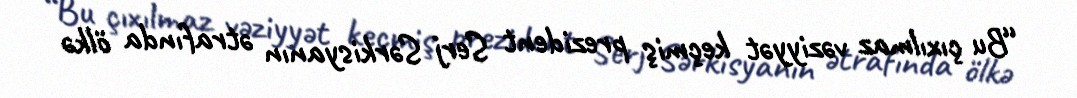
“Bu çıxılmaz vəziyyət keçmiş prezident Serj Sərkisyanın ətrafında ölkə